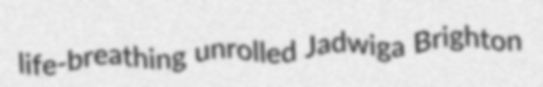
life-breathing unrolled Jadwiga Brighton